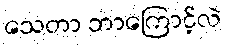
သေတာ ဘာကြောင့်လဲ